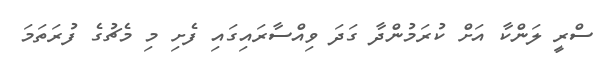
ސްރީ ލަންކާ އަށް ކުރަމުންދާ ގަދަ ވިއްސާރައިގައި ފެށި މި މެޗުގެ ފުރަތަމަ